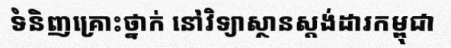
ទំនិញគ្រោះថ្នាក់ នៅវិទ្យាស្ថានស្តង់ដារកម្ពុជា